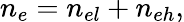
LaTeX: n_{e}=n_{el}+n_{eh},